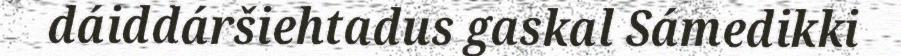
dáiddáršiehtadus gaskal Sámedikki